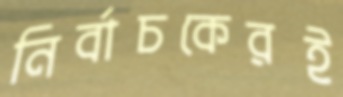
নির্বাচকেরই